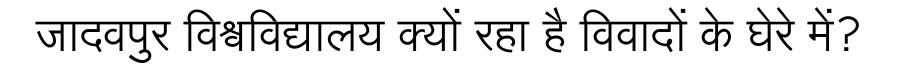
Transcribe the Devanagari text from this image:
जादवपुर विश्वविद्यालय क्यों रहा है विवादों के घेरे में?